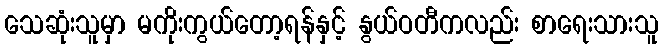
သေဆုံးသူမှာ မကိုးကွယ်တော့ရန်နှင့် နွယ်ဝတီကလည်း စာရေးသားသူ